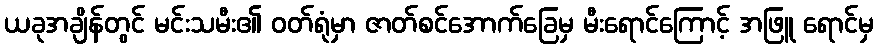
ယခုအချိန်တွင် မင်းသမီး၏ ဝတ်ရုံမှာ ဇာတ်စင်အောက်ခြေမှ မီးရောင်ကြောင့် အဖြူ ရောင်မှ